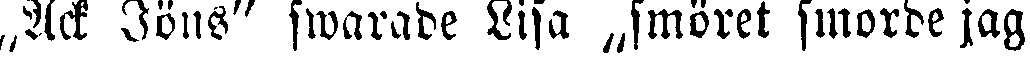
„Ack Jöns" swarade Lisa smorde jag